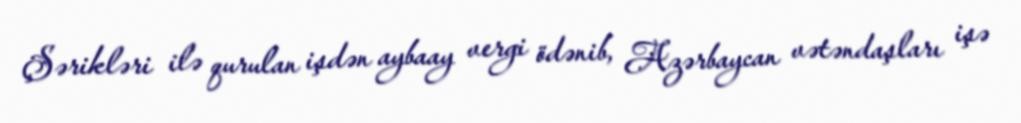
Şərikləri ilə qurulan işdən aybaay vergi ödənib, Azərbaycan vətəndaşları işə